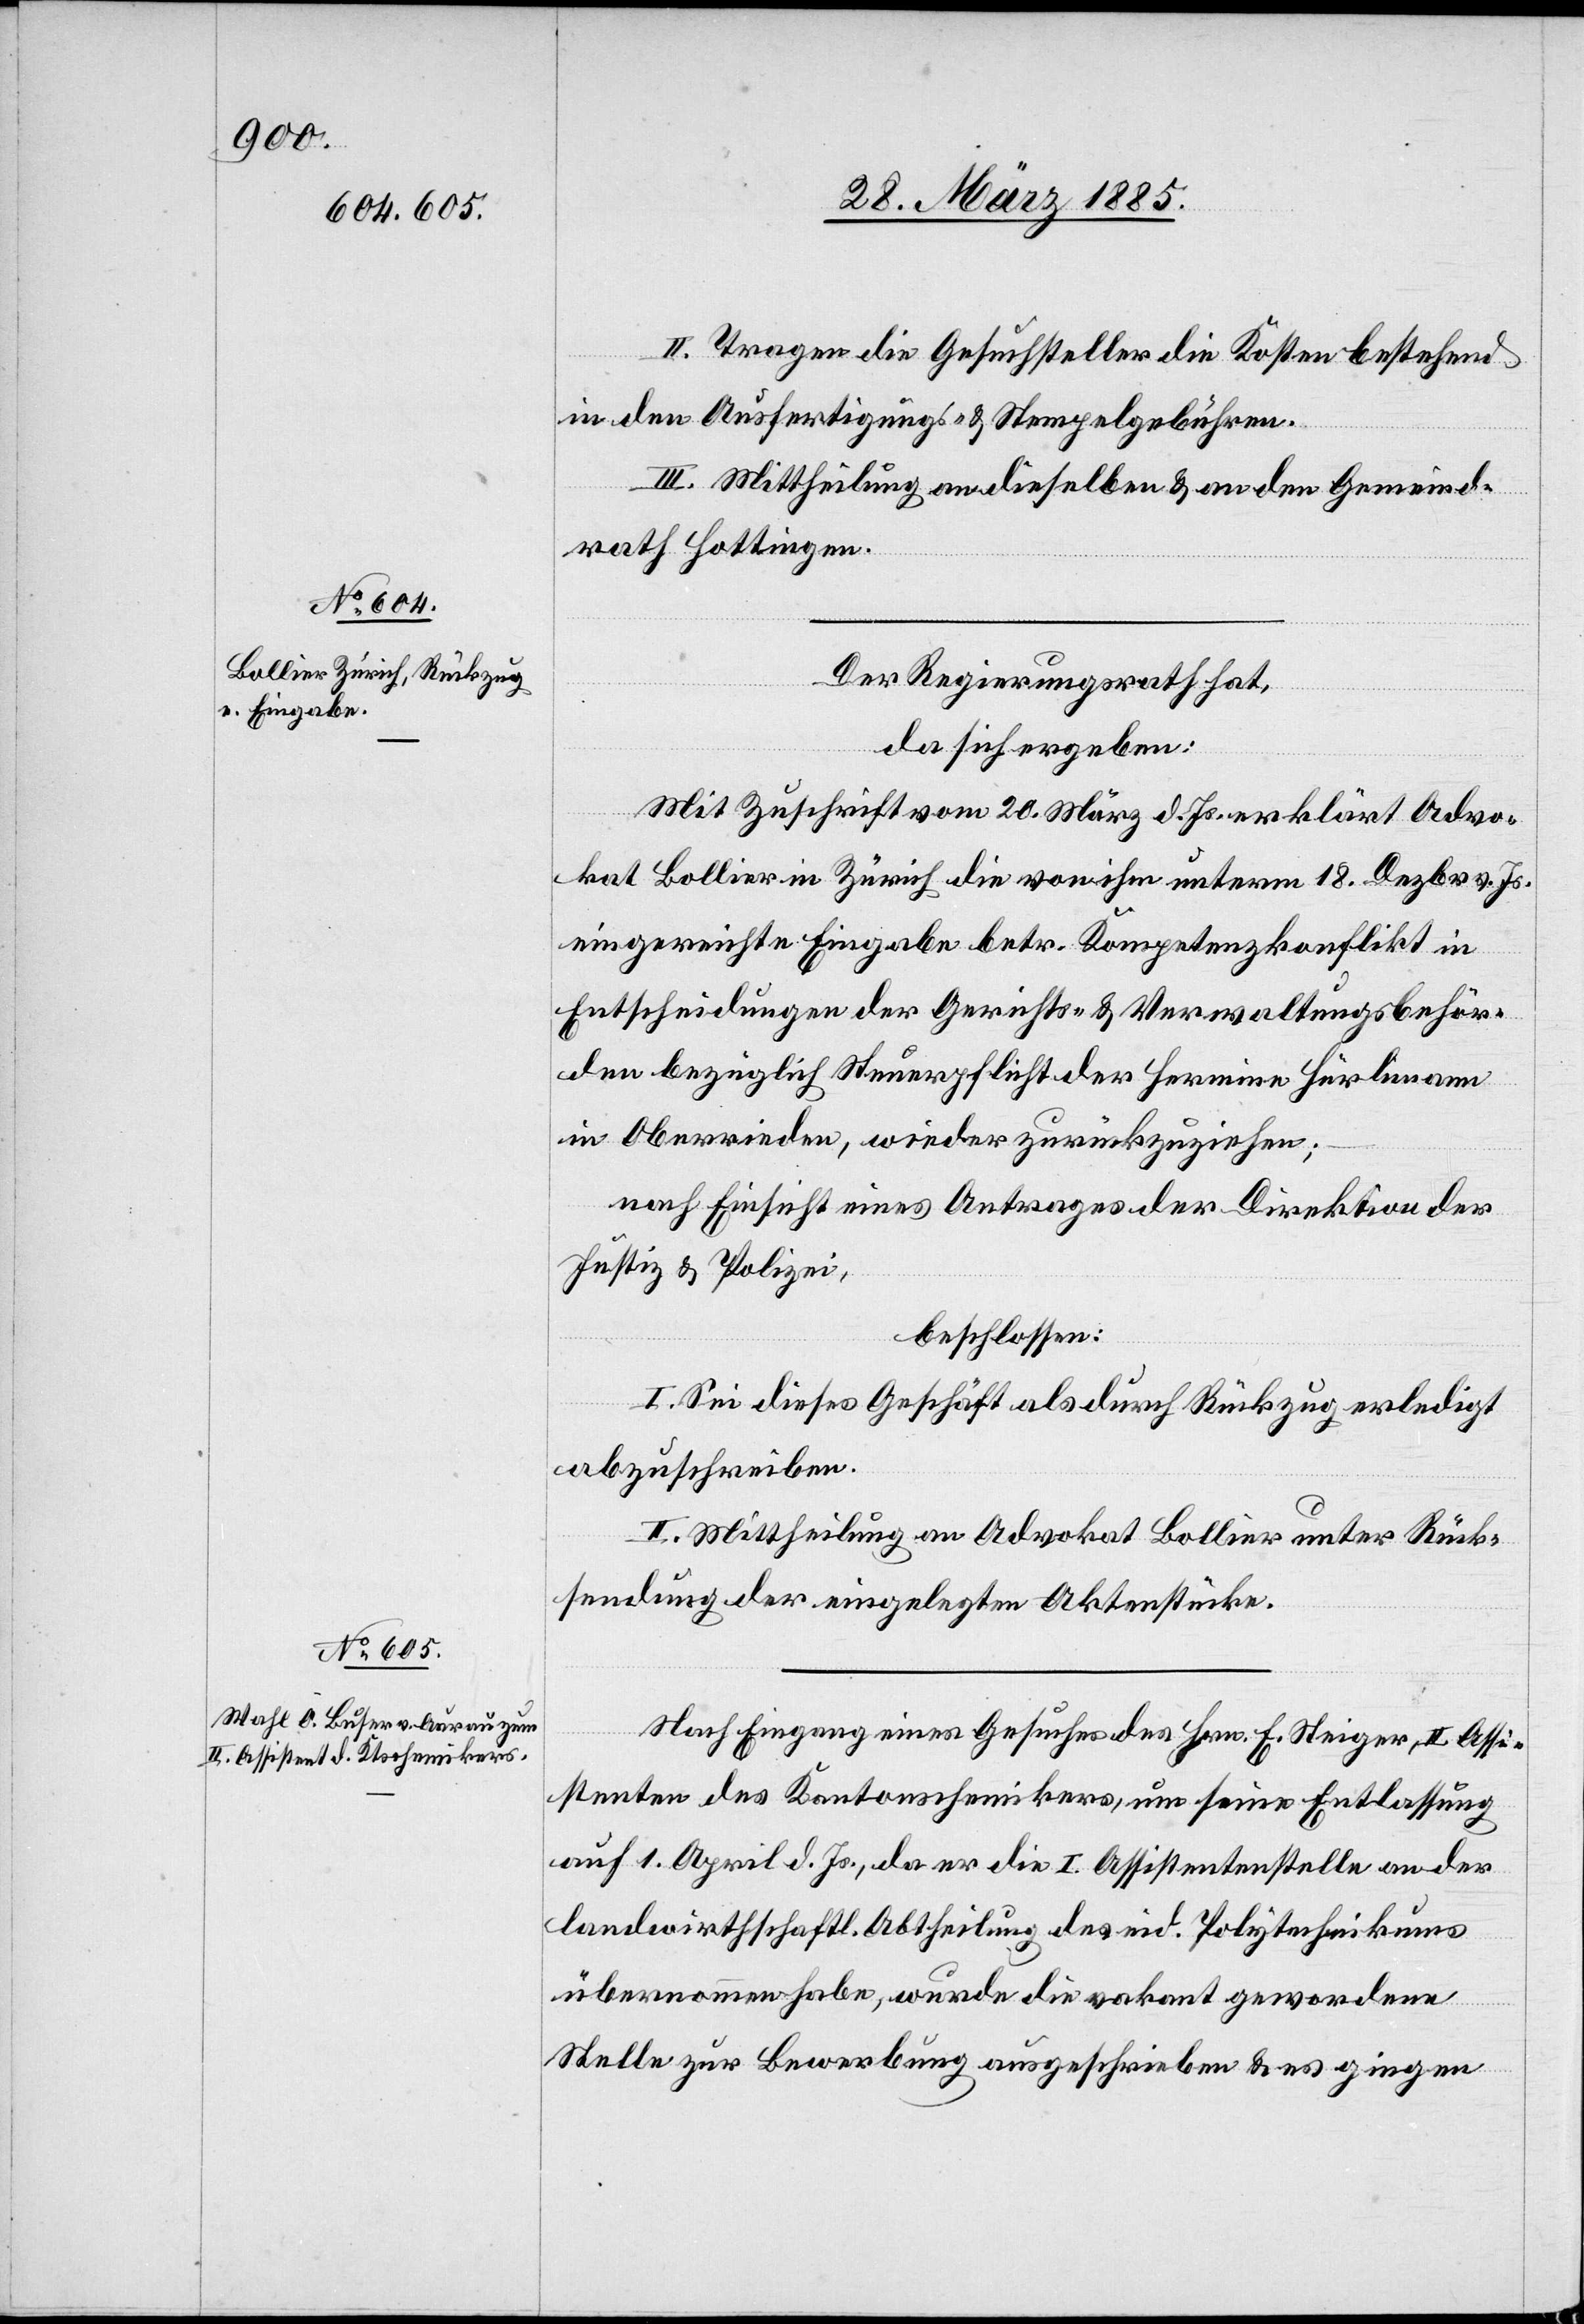
II. Tragen die Gesuchsteller die Kosten bestehend
in den Ausfertigungs- & Stempelgebühren.
III. Mittheilung an dieselben & an den Gemeind¬
rath Hottingen.
Der Regierungsrath hat,
da sich ergeben:
Mit Zuschrift vom 20. März d. Js. erklärt Advo¬
kat Bollier in Zürich die von ihm unterm 18. Dezbr v. Js.
eingereichte Eingabe betr. Kompetenzkonflikt in
Entscheidungen der Gerichts- & Verwaltungsbehör¬
den bezüglich Steuerpflicht der Hermine Hürlimann
in Oberrieden, wieder zurückzuziehen;
nach Einsicht eines Antrages der Direktion der
Justiz & Polizei,
beschlossen:
I. Sei dieses Geschäft als durch Rückzug erledigt
abzuschreiben.
II. Mittheilung an Advokat Bollier unter Rück¬
sendung der eingelegten Aktenstücke.
Nach Eingang eines Gesuches des Hrn. F. Steiger, II. Assi¬
stenten des Kantonschemikers, um seine Entlassung
auf 1. April d. Js., da er die I. Assistentenstelle an der
landwirthschaftl. Abtheilung des eid. Polytechnikums
übernommen habe, wurde die vakant gewordene
Stelle zur Bewerbung ausgeschrieben & es gingen